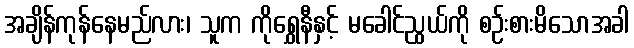
အချိန်ကုန်နေမည်လား၊ သူက ကိုရွှေနီနှင့် မခေါင်ညွယ်ကို စဉ်းစားမိသောအခါ